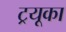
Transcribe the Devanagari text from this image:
ट्रयूका